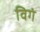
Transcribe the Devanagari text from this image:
विगं